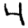
Digit: 4